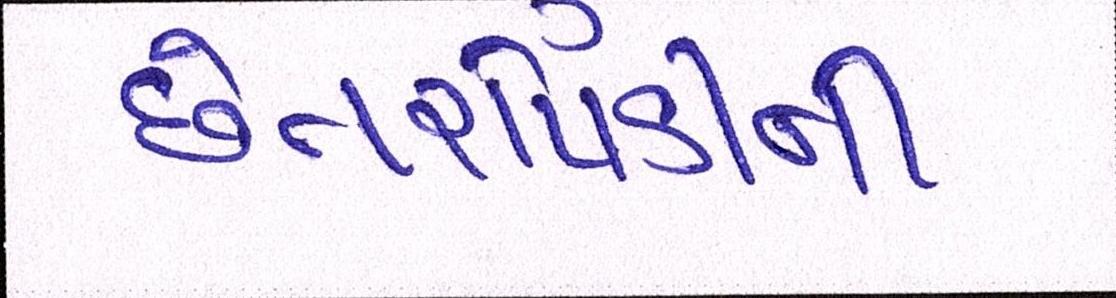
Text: છેતરપિંડીની